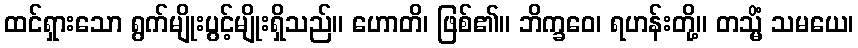
ထင်ရှားသော ရွက်မျိုးပွင့်မျိုးရှိသည်။ ဟောတိ၊ ဖြစ်၏။ ဘိက္ခဝေ၊ ရဟန်းတို့။ တသ္မိံ သမယေ၊